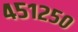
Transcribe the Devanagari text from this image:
४५१२५०